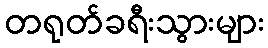
တရုတ်ခရီးသွားများ